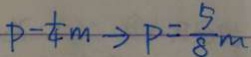
P - \frac { 1 } { 4 } m \rightarrow P = \frac { 5 } { 8 } m